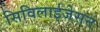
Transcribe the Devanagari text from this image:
सिविलाईजेसन